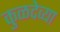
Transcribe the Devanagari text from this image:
कुळदेव्या